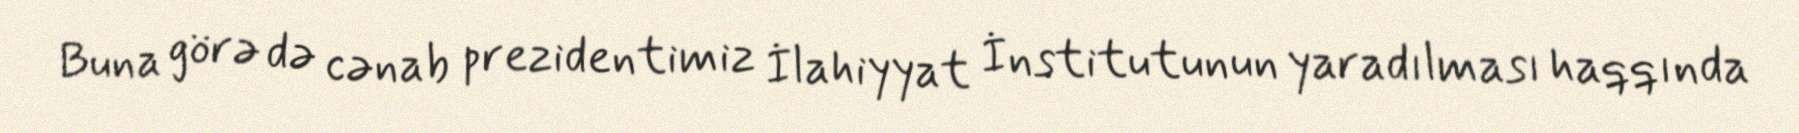
Buna görə də cənab prezidentimiz İlahiyyat İnstitutunun yaradılması haqqında